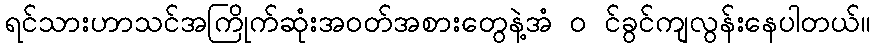
ရင်သားဟာသင်အကြိုက်ဆုံးအဝတ်အစားတွေနဲ့အံ ၀ င်ခွင်ကျလွန်းနေပါတယ်။